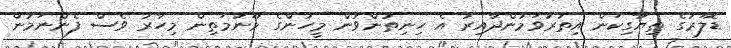
ޑޮލަރުގެ ތިޔާގިކަން އިތުރުވަމުންދާއިރު އެ ހިނިތުންވުން މީހުންގެ މޫނުމަތިން މިހާރު ވެސް ފެންނަމުން